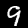
Digit: 9